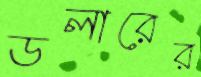
ডলারের